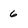
Character: 6